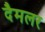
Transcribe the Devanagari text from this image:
दैमलर